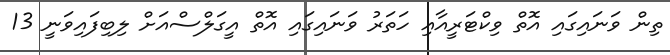
ތިން ވަނައިގައި އޮތް ވިކްޓަރީއާއި ހަތަރު ވަނައިގައި އޮތް އީގަލްސްއަށް ލިބިފައިވަނީ 13